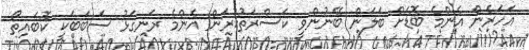
އަހަރެން އެންމެ ބޮޑަށް ބަލަން ބޭނުންވީ ކަސްރަތުކުރަން އެންމެ ރަނގަޅު ސަބަބަކީ ކޮބައިތޯ